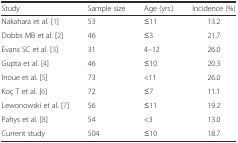
<table><thead><tr><td><b>Study</b></td><td><b>Sample size</b></td><td><b>Age (yrs.)</b></td><td><b>Incidence (%)</b></td></tr></thead><tbody><tr><td>Nakahara et al. [1]</td><td>53</td><td>≤11</td><td>13.2</td></tr><tr><td>Dobbs MB et al. [2]</td><td>46</td><td>≤3</td><td>21.7</td></tr><tr><td>Evans SC et al. [3]</td><td>31</td><td>4–12</td><td>26.0</td></tr><tr><td>Gupta et al. [4]</td><td>46</td><td>≤10</td><td>20.3</td></tr><tr><td>Inoue et al. [5]</td><td>73</td><td>&lt;11</td><td>26.0</td></tr><tr><td>Koç T et al. [6]</td><td>72</td><td>≤7</td><td>11.1</td></tr><tr><td>Lewonowski et al. [7]</td><td>56</td><td>≤11</td><td>19.2</td></tr><tr><td>Pahys et al. [8]</td><td>54</td><td>&lt;3</td><td>13.0</td></tr><tr><td>Current study</td><td>504</td><td>≤10</td><td>18.7</td></tr></tbody></table>